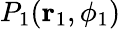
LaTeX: P_{1}(\mathbf{r}_{1},\phi_{1})